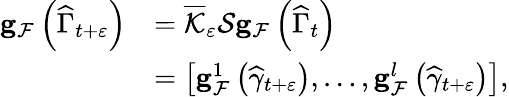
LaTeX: \begin{array}{rl}{\mathbf{g}_{\mathcal{F}}\left(\widehat{\Gamma}_{t+\varepsilon}\right)}&{=\overline{{\mathcal{K}}}_{\varepsilon}\mathcal{S}\mathbf{g}_{\mathcal{F}}\left(\widehat{\Gamma}_{t}\right)}\\ &{=\left[\mathbf{g}_{\mathcal{F}}^{1}\left(\widehat{\gamma}_{t+\varepsilon}\right),\ldots,\mathbf{g}_{\mathcal{F}}^{l}\left(\widehat{\gamma}_{t+\varepsilon}\right)\right],}\end{array}